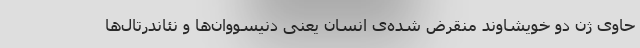
حاوی ژن دو خویشاوند منقرض شده‌ی انسان یعنی دنیسووان‌ها و نئاندرتال‌ها